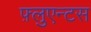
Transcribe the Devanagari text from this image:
फ़्लुएन्टस